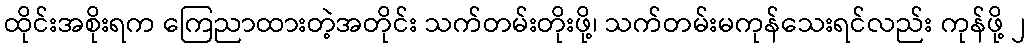
ထိုင်းအစိုးရက ကြေညာထားတဲ့အတိုင်း သက်တမ်းတိုးဖို့၊ သက်တမ်းမကုန်သေးရင်လည်း ကုန်ဖို့ ၂